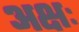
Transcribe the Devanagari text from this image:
अक्षः